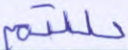
حللتم